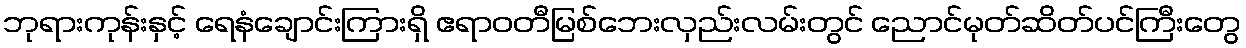
ဘုရားကုန်းနှင့် ရေနံချောင်းကြားရှိ ဧရာဝတီမြစ်ဘေးလှည်းလမ်းတွင် ညောင်မုတ်ဆိတ်ပင်ကြီးတွေ